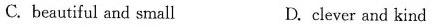
C. beautiful and small D. clever and kind